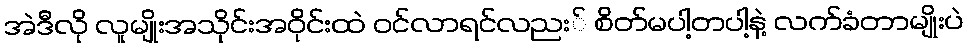
အဲဒီလို လူမျိုးအသိုင်းအဝိုင်းထဲ ဝင်လာရင်လညး် စိတ်မပါ့တပါ့နဲ့ လက်ခံတာမျိုးပဲ